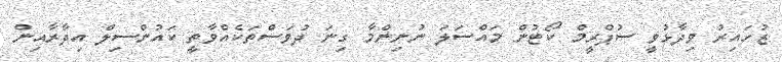
ޒުހައިރު ވިދާޅުވީ ސުޕްރީމް ކޯޓުން މައްސަލަ ނުނިންމާ ގިނަ ދުވަސްތަކެއްވާތީ ކައުންސިލް އިދާރާއިން